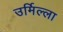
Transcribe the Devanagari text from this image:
उर्मिल्ला